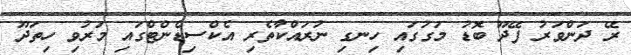
ރޭ ދަންވަރު ފޭދޫ ބޮޑު މަގުގައި ހިނގި ނުރައްކާތެރި އެކްސިޑެންޓްގައި މަރުވި ހިތަދޫ